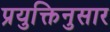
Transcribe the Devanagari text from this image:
प्रयुक्तिनुसार